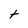
Character: t